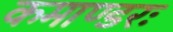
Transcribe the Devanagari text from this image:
कमाण्डरः